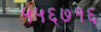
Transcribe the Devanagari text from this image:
५५६७१६